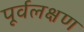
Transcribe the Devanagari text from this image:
पूर्वलक्षण